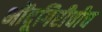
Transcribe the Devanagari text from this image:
भोंदूगिरीचीच